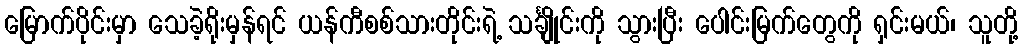
မြောက်ပိုင်းမှာ သေခဲ့ရိုးမှန်ရင် ယန်ကီစစ်သားတိုင်းရဲ့ သင်္ချိုင်းကို သွားပြီး ပေါင်းမြက်တွေကို ရှင်းမယ်၊ သူတို့